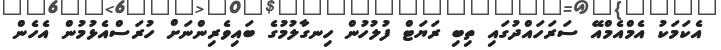
އެކަމަކު އެމްއެމްއޭ ސަރަހައްދުގައި ތިބި ރަޔަޓް ފުލުހުން ހިނގާލުމުގެ ބައިވެރިންނަށް ހުރަސްއެޅުމުން އެހެން